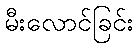
မီးလောင်ခြင်း